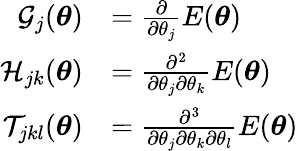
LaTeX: \begin{array}{rl}{\mathcal{G}_{j}({\boldsymbol{\theta}})}&{=\frac{\partial}{\partial\theta_{j}}E({\boldsymbol{\theta}})}\\ {\mathcal{H}_{jk}({\boldsymbol{\theta}})}&{=\frac{\partial^{2}}{\partial\theta_{j}\partial\theta_{k}}E({\boldsymbol{\theta}})}\\ {\mathcal{T}_{jkl}({\boldsymbol{\theta}})}&{=\frac{\partial^{3}}{\partial\theta_{j}\partial\theta_{k}\partial\theta_{l}}E({\boldsymbol{\theta}})}\end{array}